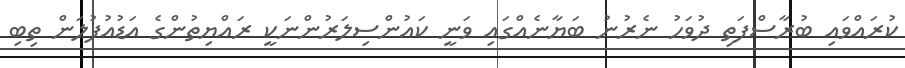
ކުރައްވައި ބުރާސްފަތި ދުވަހު ނެރުނު ބަޔާނެއްގައި ވަނީ ކައުންސިލަރުންނަކީ ރައްޔިތުންގެ އަޑުއުފުލަން ތިބި